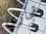
تجاري